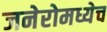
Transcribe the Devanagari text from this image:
जनेरोमध्येच